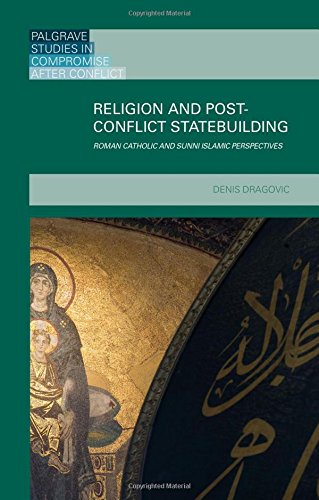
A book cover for Religion and Post-Conflict Statebuilding: Roman Catholic and Sunni Islamic Perspectives (Palgrave Studies in Compromise after Conflict); Denis Dragovic; Religion & Spirituality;